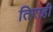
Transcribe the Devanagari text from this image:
तिराही